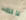
لذلك